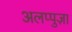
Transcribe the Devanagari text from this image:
अलप्पुज़ा